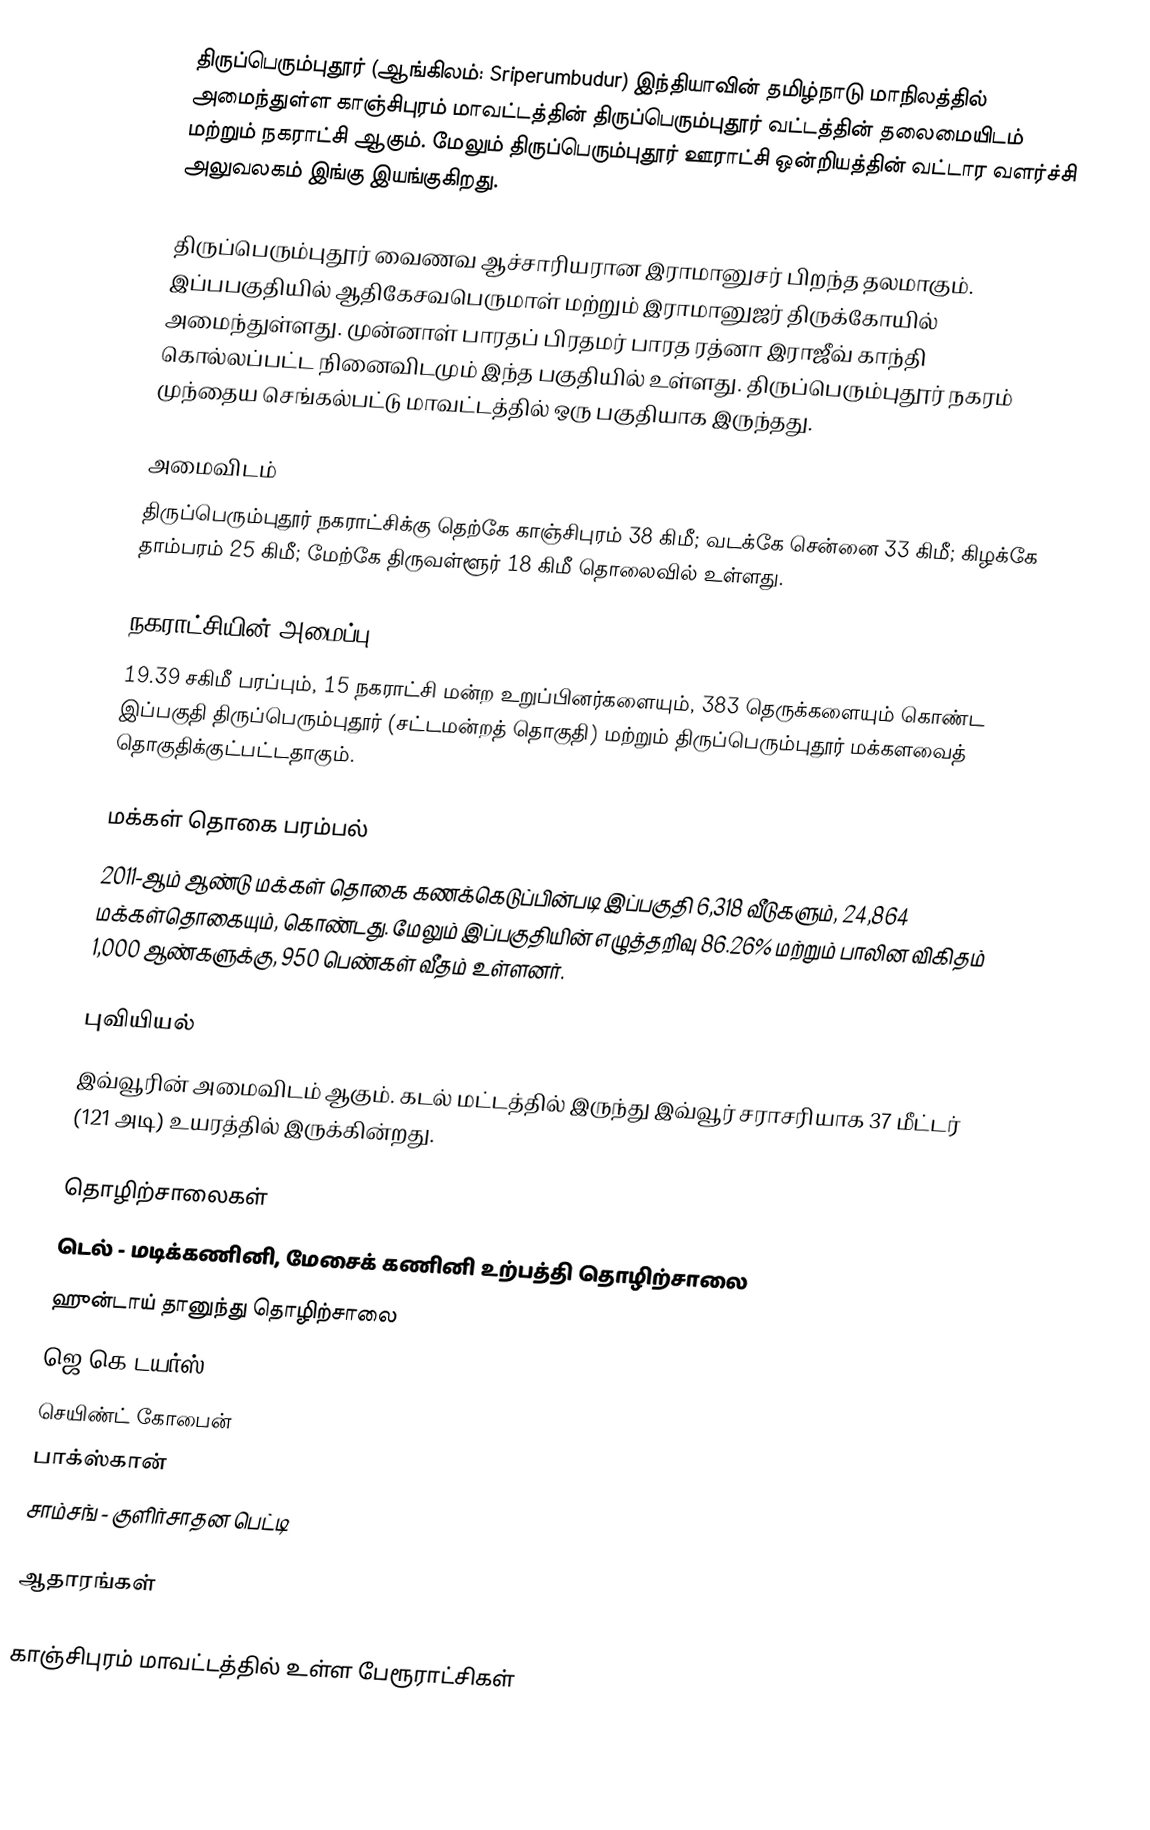
திருப்பெரும்புதூர் (ஆங்கிலம்: Sriperumbudur) இந்தியாவின் தமிழ்நாடு மாநிலத்தில் அமைந்துள்ள காஞ்சிபுரம் மாவட்டத்தின் திருப்பெரும்புதூர் வட்டத்தின் தலைமையிடம் மற்றும் நகராட்சி ஆகும். மேலும் திருப்பெரும்புதூர் ஊராட்சி ஒன்றியத்தின் வட்டார வளர்ச்சி அலுவலகம் இங்கு இயங்குகிறது.

திருப்பெரும்புதூர் வைணவ ஆச்சாரியரான இராமானுசர் பிறந்த தலமாகும். இப்பபகுதியில் ஆதிகேசவபெருமாள் மற்றும் இராமானுஜர் திருக்கோயில் அமைந்துள்ளது. முன்னாள் பாரதப் பிரதமர் பாரத ரத்னா இராஜீவ் காந்தி கொல்லப்பட்ட நினைவிடமும் இந்த பகுதியில் உள்ளது. திருப்பெரும்புதூர் நகரம் முந்தைய செங்கல்பட்டு மாவட்டத்தில் ஒரு பகுதியாக இருந்தது.

அமைவிடம்
திருப்பெரும்புதூர் நகராட்சிக்கு தெற்கே காஞ்சிபுரம் 38 கிமீ; வடக்கே சென்னை 33 கிமீ; கிழக்கே தாம்பரம் 25 கிமீ; மேற்கே திருவள்ளூர் 18 கிமீ தொலைவில் உள்ளது.

நகராட்சியின் அமைப்பு
19.39 சகிமீ பரப்பும், 15  நகராட்சி மன்ற உறுப்பினர்களையும், 383 தெருக்களையும்  கொண்ட இப்பகுதி திருப்பெரும்புதூர் (சட்டமன்றத் தொகுதி) மற்றும் திருப்பெரும்புதூர் மக்களவைத் தொகுதிக்குட்பட்டதாகும்.

மக்கள் தொகை பரம்பல்
2011-ஆம் ஆண்டு மக்கள் தொகை கணக்கெடுப்பின்படி இப்பகுதி  6,318 வீடுகளும், 24,864 மக்கள்தொகையும், கொண்டது. மேலும் இப்பகுதியின் எழுத்தறிவு 86.26%  மற்றும்  பாலின விகிதம் 1,000 ஆண்களுக்கு, 950 பெண்கள் வீதம் உள்ளனர்.

புவியியல்
இவ்வூரின் அமைவிடம்  ஆகும். கடல் மட்டத்தில் இருந்து இவ்வூர் சராசரியாக 37 மீட்டர் (121 அடி) உயரத்தில் இருக்கின்றது.

தொழிற்சாலைகள்
 டெல் - மடிக்கணினி, மேசைக் கணினி உற்பத்தி தொழிற்சாலை
 ஹுன்டாய் தானுந்து தொழிற்சாலை
 ஜெ.கெ டயர்ஸ்
 செயிண்ட் கோபைன்
 பாக்ஸ்கான்
 சாம்சங் - குளிர்சாதன பெட்டி

ஆதாரங்கள்

காஞ்சிபுரம் மாவட்டத்தில் உள்ள பேரூராட்சிகள்